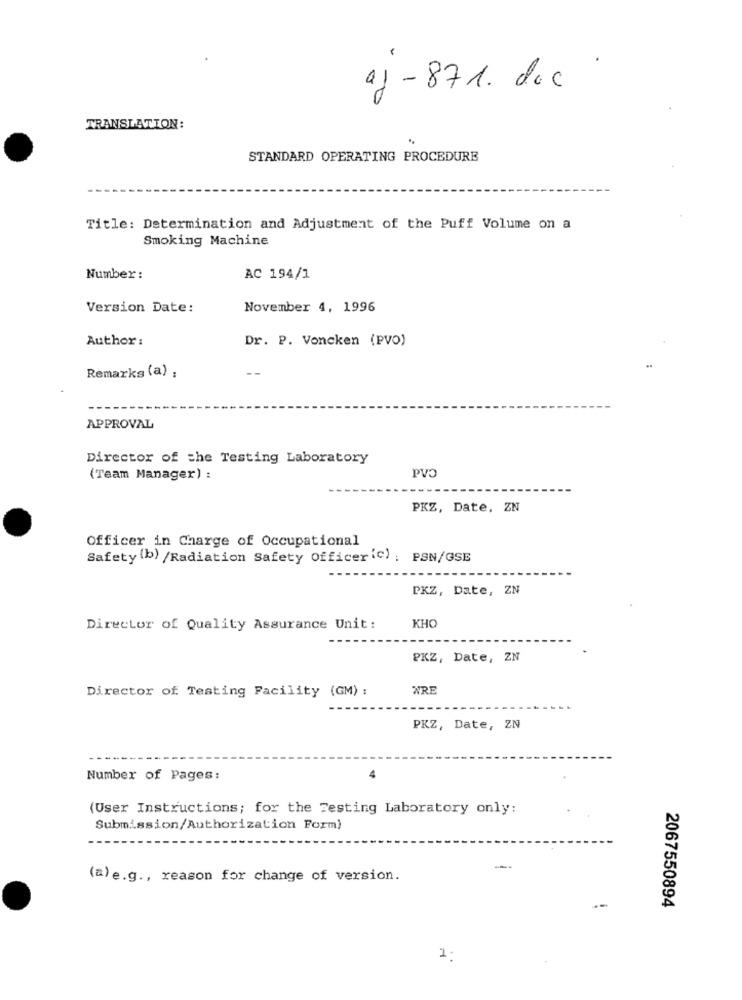
-
aj - 871. dec
TRANSLATION:
STANDARD OPERATING PROCEDURE
Title: Determination and Adjustment of the Puff Volume on a
Smoking Machine
Number :
AC 194/1
Version Date:
November 4, 1996
Author :
Dr. P. Voncken (PVO)
--
Remarks (a) ;
APPROVAL
Director of the Testing Laboratory
PVP
(Team Manager) :
PKZ, Date, ZN
Officer in Charge of Occupational
Safety (b) /Radiation Safety Officer(c) : PSN/GSE
PKZ, Date, ZN
Director of Quality Assurance Unit:
KHO
PKZ, Date, ZN
Director of Testing Facility (GM) :
WRE
PKZ, Date, ZN
Number of Pages:
4
(User Instructions; for the Testing Laboratory only:
Submission/Authorization Form)
-.
(a) e.g ., reason for change of version.
2067550894